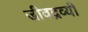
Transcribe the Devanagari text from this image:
जीवद्रव्यी